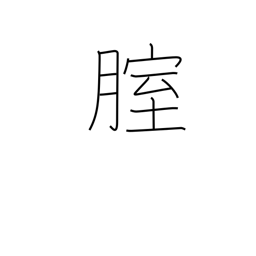
Meaning: vagina